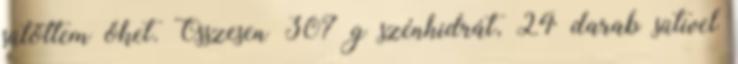
sütöttem őket. Összesen 307 g szénhidrát, 24 darab sütivel